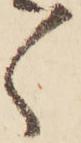
ゝ